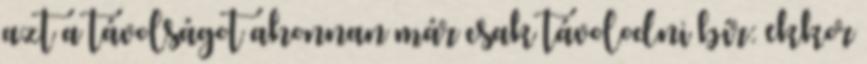
azt a távolságot ahonnan már csak távolodni bír: ekkor